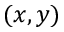
( x , y )